画像に写った文字を読んでください
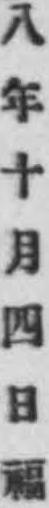
「八年十月四日福」と書いてあります